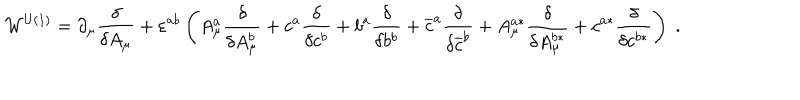
LaTeX: \mathcal { W } ^ { \mathrm { U ( 1 ) } } = \partial _ { \mu } \frac \delta { \delta A _ { \mu } } + \varepsilon ^ { a b } \left( A _ { \mu } ^ { a } \frac \delta { \delta A _ { \mu } ^ { b } } + c ^ { a } \frac \delta { \delta c ^ { b } } + b ^ { a } \frac \delta { \delta b ^ { b } } + \overline { { { c } } } ^ { a } \frac \delta { \delta \overline { { { c } } } ^ { b } } + A _ { \mu } ^ { a * } \frac \delta { \delta A _ { \mu } ^ { b * } } + c ^ { a * } \frac \delta { \delta c ^ { b * } } \right) \; .